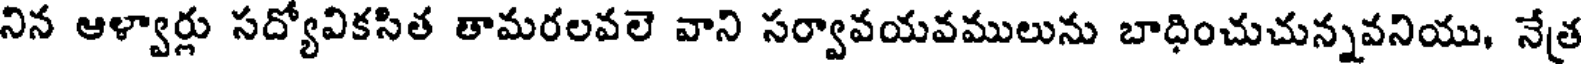
నిన ఆళ్వార్లు సద్యోవికసిత తామరలవలె వాని సర్వావయవములును బాధించుచున్నవనియు, నేత్ర